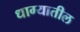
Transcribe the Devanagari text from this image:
धाग्यातील